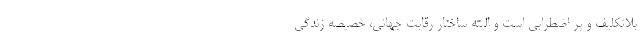
بلاتکلیف و پر اضطرابی است و البته ساختار رقابت جهانی، خصیصه زندگی